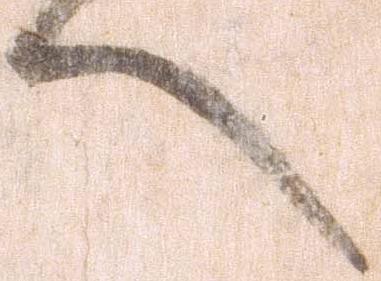
へ